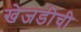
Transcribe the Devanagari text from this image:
खेजडीची